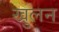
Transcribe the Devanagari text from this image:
खुलन